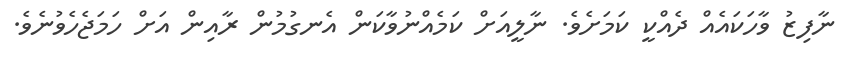
ނާފިޒު ވާހަކައެއް ދެއްކީ ކަމަށެވެ. ނާލީއަށް ކަމެއްނުވާކަން އެނގުމުން ރާއިން އަށް ހަމަޖެހެވުނެވެ.